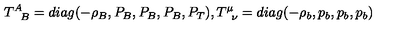
T _ { \phantom { A } B } ^ { A } = d i a g ( - \rho _ { B } , P _ { B } , P _ { B } , P _ { B } , P _ { T } ) , T _ { \phantom { \mu } \nu } ^ { \mu } = d i a g ( - \rho _ { b } , p _ { b } , p _ { b } , p _ { b } )